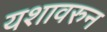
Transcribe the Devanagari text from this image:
यशावरुन